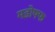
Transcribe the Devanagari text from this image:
मडोफ्फ